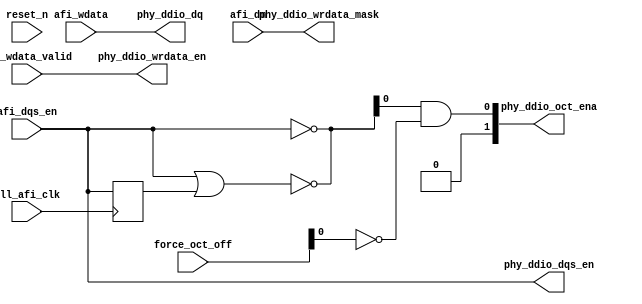
module ddr3_s4_uniphy_example_if0_p0_write_datapath(
	pll_afi_clk,
    reset_n,
	force_oct_off,
	phy_ddio_oct_ena,
	afi_dqs_en,
    afi_wdata,
    afi_wdata_valid,
    afi_dm,
    phy_ddio_dq,
	phy_ddio_dqs_en,
	phy_ddio_wrdata_en,
	phy_ddio_wrdata_mask	
);
parameter MEM_ADDRESS_WIDTH     = "";
parameter MEM_DM_WIDTH          = "";
parameter MEM_CONTROL_WIDTH     = "";
parameter MEM_DQ_WIDTH          = "";
parameter MEM_READ_DQS_WIDTH    = "";
parameter MEM_WRITE_DQS_WIDTH   = "";
parameter AFI_ADDRESS_WIDTH     = "";
parameter AFI_DATA_MASK_WIDTH   = "";
parameter AFI_CONTROL_WIDTH     = "";
parameter AFI_DATA_WIDTH        = "";
parameter AFI_DQS_WIDTH	        = "";
parameter NUM_WRITE_PATH_FLOP_STAGES = "";
input	pll_afi_clk;
input	reset_n;
input	[AFI_DQS_WIDTH-1:0] force_oct_off;
output	[AFI_DQS_WIDTH-1:0] phy_ddio_oct_ena;
input	[AFI_DQS_WIDTH-1:0]	afi_dqs_en;
input	[AFI_DATA_WIDTH-1:0]	afi_wdata;
input	[AFI_DQS_WIDTH-1:0]	afi_wdata_valid;
input	[AFI_DATA_MASK_WIDTH-1:0]   afi_dm;
output	[AFI_DATA_WIDTH-1:0]  phy_ddio_dq;
output	[AFI_DQS_WIDTH-1:0]   phy_ddio_dqs_en;
output	[AFI_DQS_WIDTH-1:0]   phy_ddio_wrdata_en;
output	[AFI_DATA_MASK_WIDTH-1:0]	phy_ddio_wrdata_mask;
wire	[AFI_DQS_WIDTH-1:0]   phy_ddio_dqs_en_pre_shift;
wire	[AFI_DATA_WIDTH-1:0]  phy_ddio_dq_pre_shift;
wire	[AFI_DQS_WIDTH-1:0]   phy_ddio_wrdata_en_pre_shift;
wire	[AFI_DATA_MASK_WIDTH-1:0]	phy_ddio_wrdata_mask_pre_shift;
generate
genvar stage;
if (NUM_WRITE_PATH_FLOP_STAGES == 0)
begin
	assign phy_ddio_dq_pre_shift = afi_wdata;
	assign phy_ddio_dqs_en_pre_shift = afi_dqs_en;
	assign phy_ddio_wrdata_en_pre_shift = afi_wdata_valid;
	assign phy_ddio_wrdata_mask_pre_shift = afi_dm;
end
else
begin
	reg	[AFI_DATA_WIDTH-1:0]  afi_wdata_r [NUM_WRITE_PATH_FLOP_STAGES-1:0];
	reg	[AFI_DQS_WIDTH-1:0]   afi_wdata_valid_r [NUM_WRITE_PATH_FLOP_STAGES-1:0] ;
	reg	[AFI_DQS_WIDTH-1:0]   afi_dqs_en_r [NUM_WRITE_PATH_FLOP_STAGES-1:0];
	(* altera_attribute = {"-name ALLOW_SYNCH_CTRL_USAGE OFF"}*) reg [AFI_DATA_MASK_WIDTH-1:0] afi_dm_r [NUM_WRITE_PATH_FLOP_STAGES-1:0];
	always @(posedge pll_afi_clk)
	begin
		afi_wdata_r[0] <= afi_wdata;
		afi_dqs_en_r[0] <= afi_dqs_en;
		afi_wdata_valid_r[0] <= afi_wdata_valid;
		afi_dm_r[0] <= afi_dm;
	end
	for (stage = 1; stage < NUM_WRITE_PATH_FLOP_STAGES; stage = stage + 1)
	begin : stage_gen
		always @(posedge pll_afi_clk)
		begin
			afi_wdata_r[stage] <= afi_wdata_r[stage-1];
			afi_dqs_en_r[stage] <= afi_dqs_en_r[stage-1];
			afi_wdata_valid_r[stage] <= afi_wdata_valid_r[stage-1];
			afi_dm_r[stage] <= afi_dm_r[stage-1];
		end
	end
	assign phy_ddio_dq_pre_shift = afi_wdata_r[NUM_WRITE_PATH_FLOP_STAGES-1];
	assign phy_ddio_dqs_en_pre_shift = afi_dqs_en_r[NUM_WRITE_PATH_FLOP_STAGES-1];
	assign phy_ddio_wrdata_en_pre_shift = afi_wdata_valid_r[NUM_WRITE_PATH_FLOP_STAGES-1];
	assign phy_ddio_wrdata_mask_pre_shift = afi_dm_r[NUM_WRITE_PATH_FLOP_STAGES-1];
end
endgenerate
wire [AFI_DQS_WIDTH-1:0] oct_ena;
reg [MEM_WRITE_DQS_WIDTH-1:0] dqs_en_reg;
always @(posedge pll_afi_clk)
	dqs_en_reg <= phy_ddio_dqs_en[AFI_DQS_WIDTH-1:MEM_WRITE_DQS_WIDTH];
assign oct_ena[AFI_DQS_WIDTH-1:MEM_WRITE_DQS_WIDTH] = ~phy_ddio_dqs_en[AFI_DQS_WIDTH-1:MEM_WRITE_DQS_WIDTH];
assign oct_ena[MEM_WRITE_DQS_WIDTH-1:0] = ~(phy_ddio_dqs_en[AFI_DQS_WIDTH-1:MEM_WRITE_DQS_WIDTH] | dqs_en_reg);
assign phy_ddio_oct_ena_pre_shift = oct_ena & ~force_oct_off;
	assign phy_ddio_dq = phy_ddio_dq_pre_shift;
	assign phy_ddio_wrdata_mask = phy_ddio_wrdata_mask_pre_shift;
	assign phy_ddio_wrdata_en = phy_ddio_wrdata_en_pre_shift;
	assign phy_ddio_dqs_en = phy_ddio_dqs_en_pre_shift;
	assign phy_ddio_oct_ena = phy_ddio_oct_ena_pre_shift;
endmodule